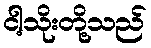
ငါ့သိုးတို့သည်